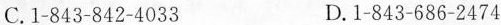
C.1-843-842-4033 D.1-843-686-2474